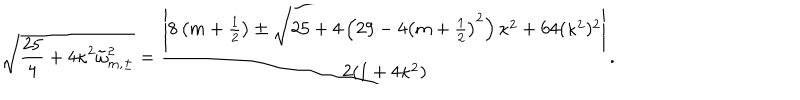
\sqrt { \frac { 2 5 } { 4 } + 4 \kappa ^ { 2 } \tilde { \omega } _ { m , \pm } ^ { 2 } } = \frac { \left| 8 \left( m + \frac 1 2 \right) \pm \sqrt { 2 5 + 4 \left( 2 9 - 4 \left( m + \frac 1 2 \right) ^ { 2 } \right) \kappa ^ { 2 } + 6 4 ( \kappa ^ { 2 } ) ^ { 2 } } \right| } { 2 ( 1 + 4 \kappa ^ { 2 } ) } .